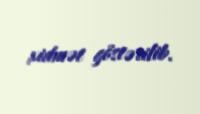
xidmət göstərilib.